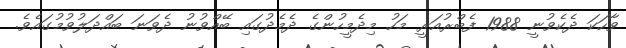
ވާހަކަ ދެކެވުނީ 1988 ފެބްރުއަރީ މަހު މިދެމީހުންގެ ދެމެދުގައި ބޭއްވުނު ދެވަނަ ބައްދަލުވުމުގައެވެ.